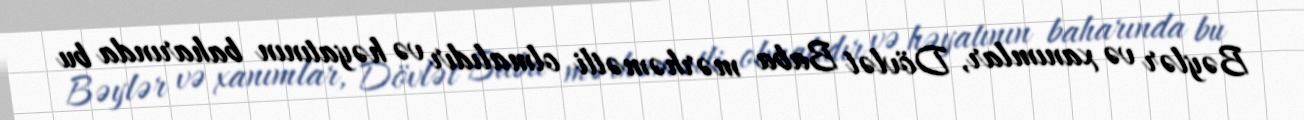
Bəylər və xanımlar, Dövlət Baba mərhəmətli olmalıdır və həyatının baharında bu